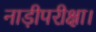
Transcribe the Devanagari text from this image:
नाड़ीपरीक्षा।